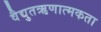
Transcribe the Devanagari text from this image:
वैद्युतऋणात्मकता